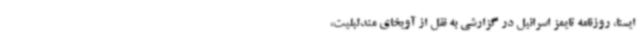
ایسنا، روزنامه تایمز اسرائیل در گزارشی به نقل از آویخای مندلبلیت،